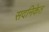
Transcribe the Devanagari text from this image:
सदनिकेत